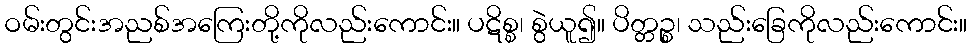
ဝမ်းတွင်းအညစ်အကြေးတို့ကိုလည်းကောင်း။ ပဋိစ္စ၊ စွဲယူ၍။ ပိတ္တဉ္စ၊ သည်းခြေကိုလည်းကောင်း။